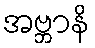
အဗ္ဘာနိ